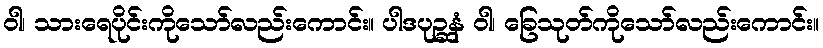
ဝါ၊ သားရေပိုင်းကိုသော်လည်းကောင်း။ ပါဒပုဉ္ဆနံ ဝါ၊ ခြေသုတ်ကိုသော်လည်းကောင်း။